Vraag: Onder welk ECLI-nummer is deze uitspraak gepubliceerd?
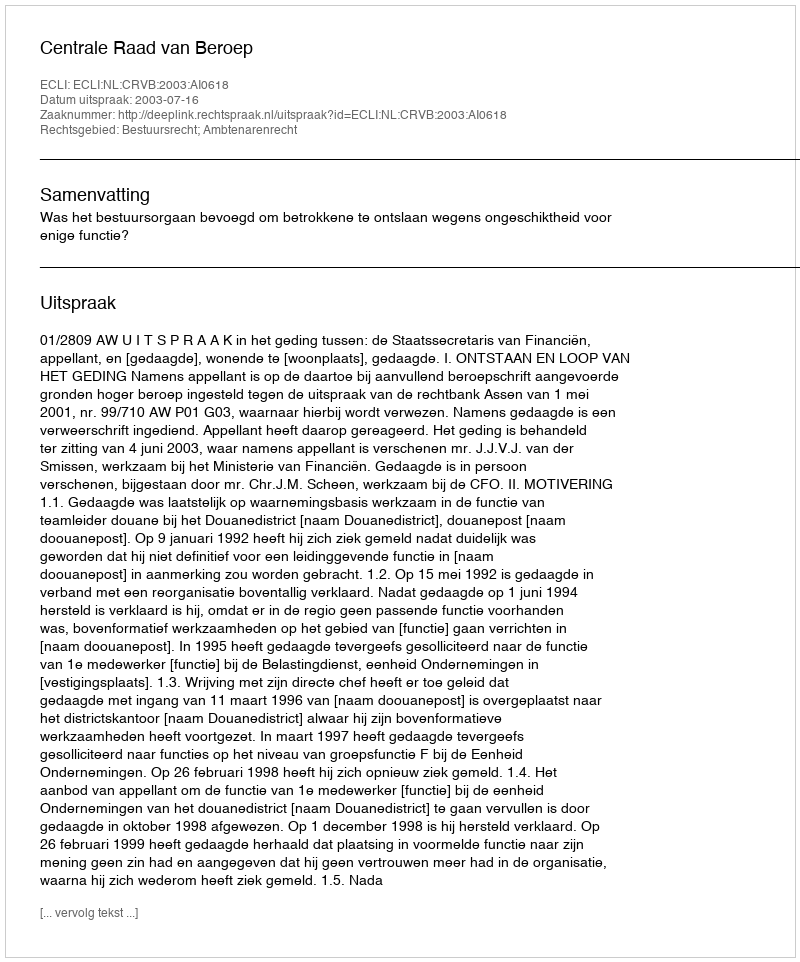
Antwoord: ECLI:NL:CRVB:2003:AI0618